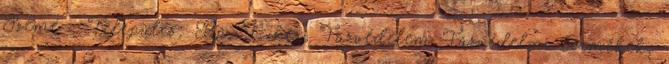
Szemé . Település: Bp. I. ker. Tűzvédelem Tűzvédelmi termékek,